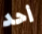
أحد